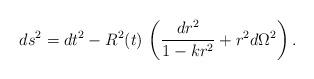
LaTeX: \begin{align*}ds^2=dt^2-R^2(t)\,\left( \frac{dr^2}{1-kr^2}+r^2d\Omega ^2\right) .\end{align*}